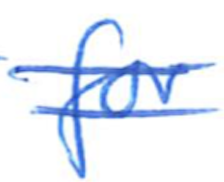
Text: for
Cross-out: double-line
Writing tool: ballpoint